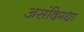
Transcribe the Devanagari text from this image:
असंदिग्धा